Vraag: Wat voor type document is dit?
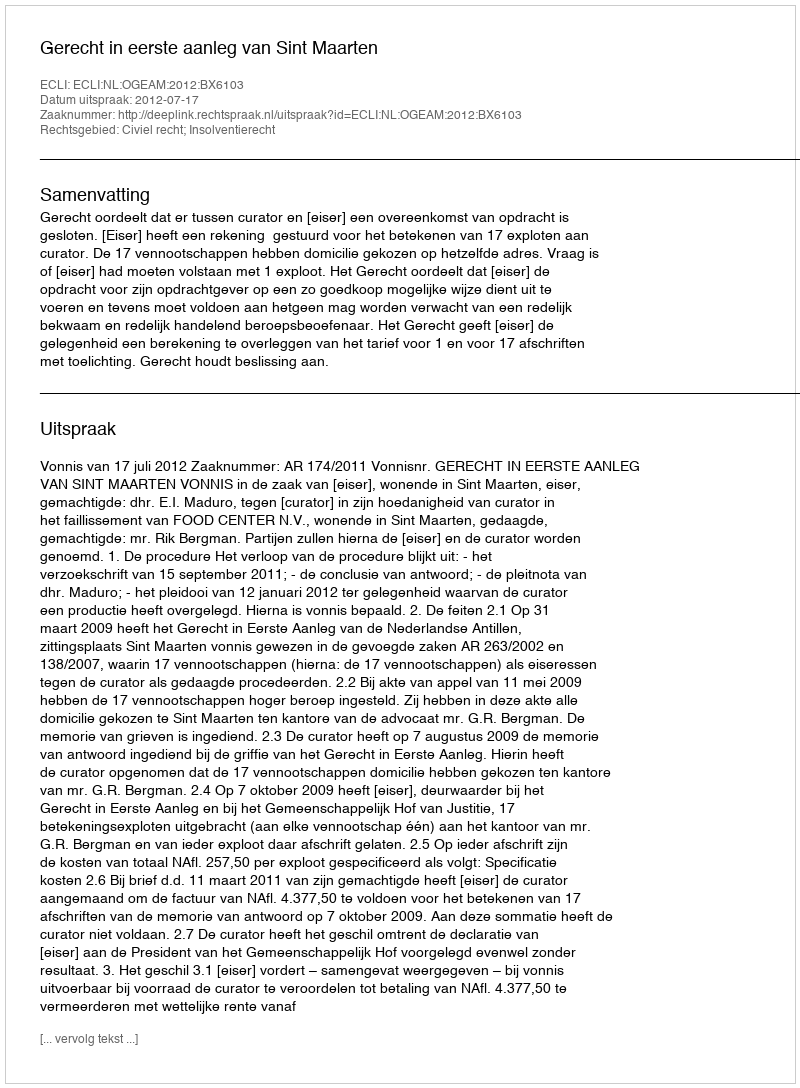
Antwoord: Uitspraak